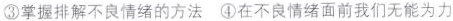
③掌握排解不良情绪的方法④在不良情绪面前我们无能为力